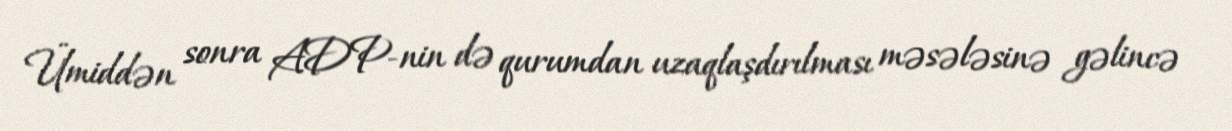
Ümiddən sonra ADP-nin də qurumdan uzaqlaşdırılması məsələsinə gəlincə